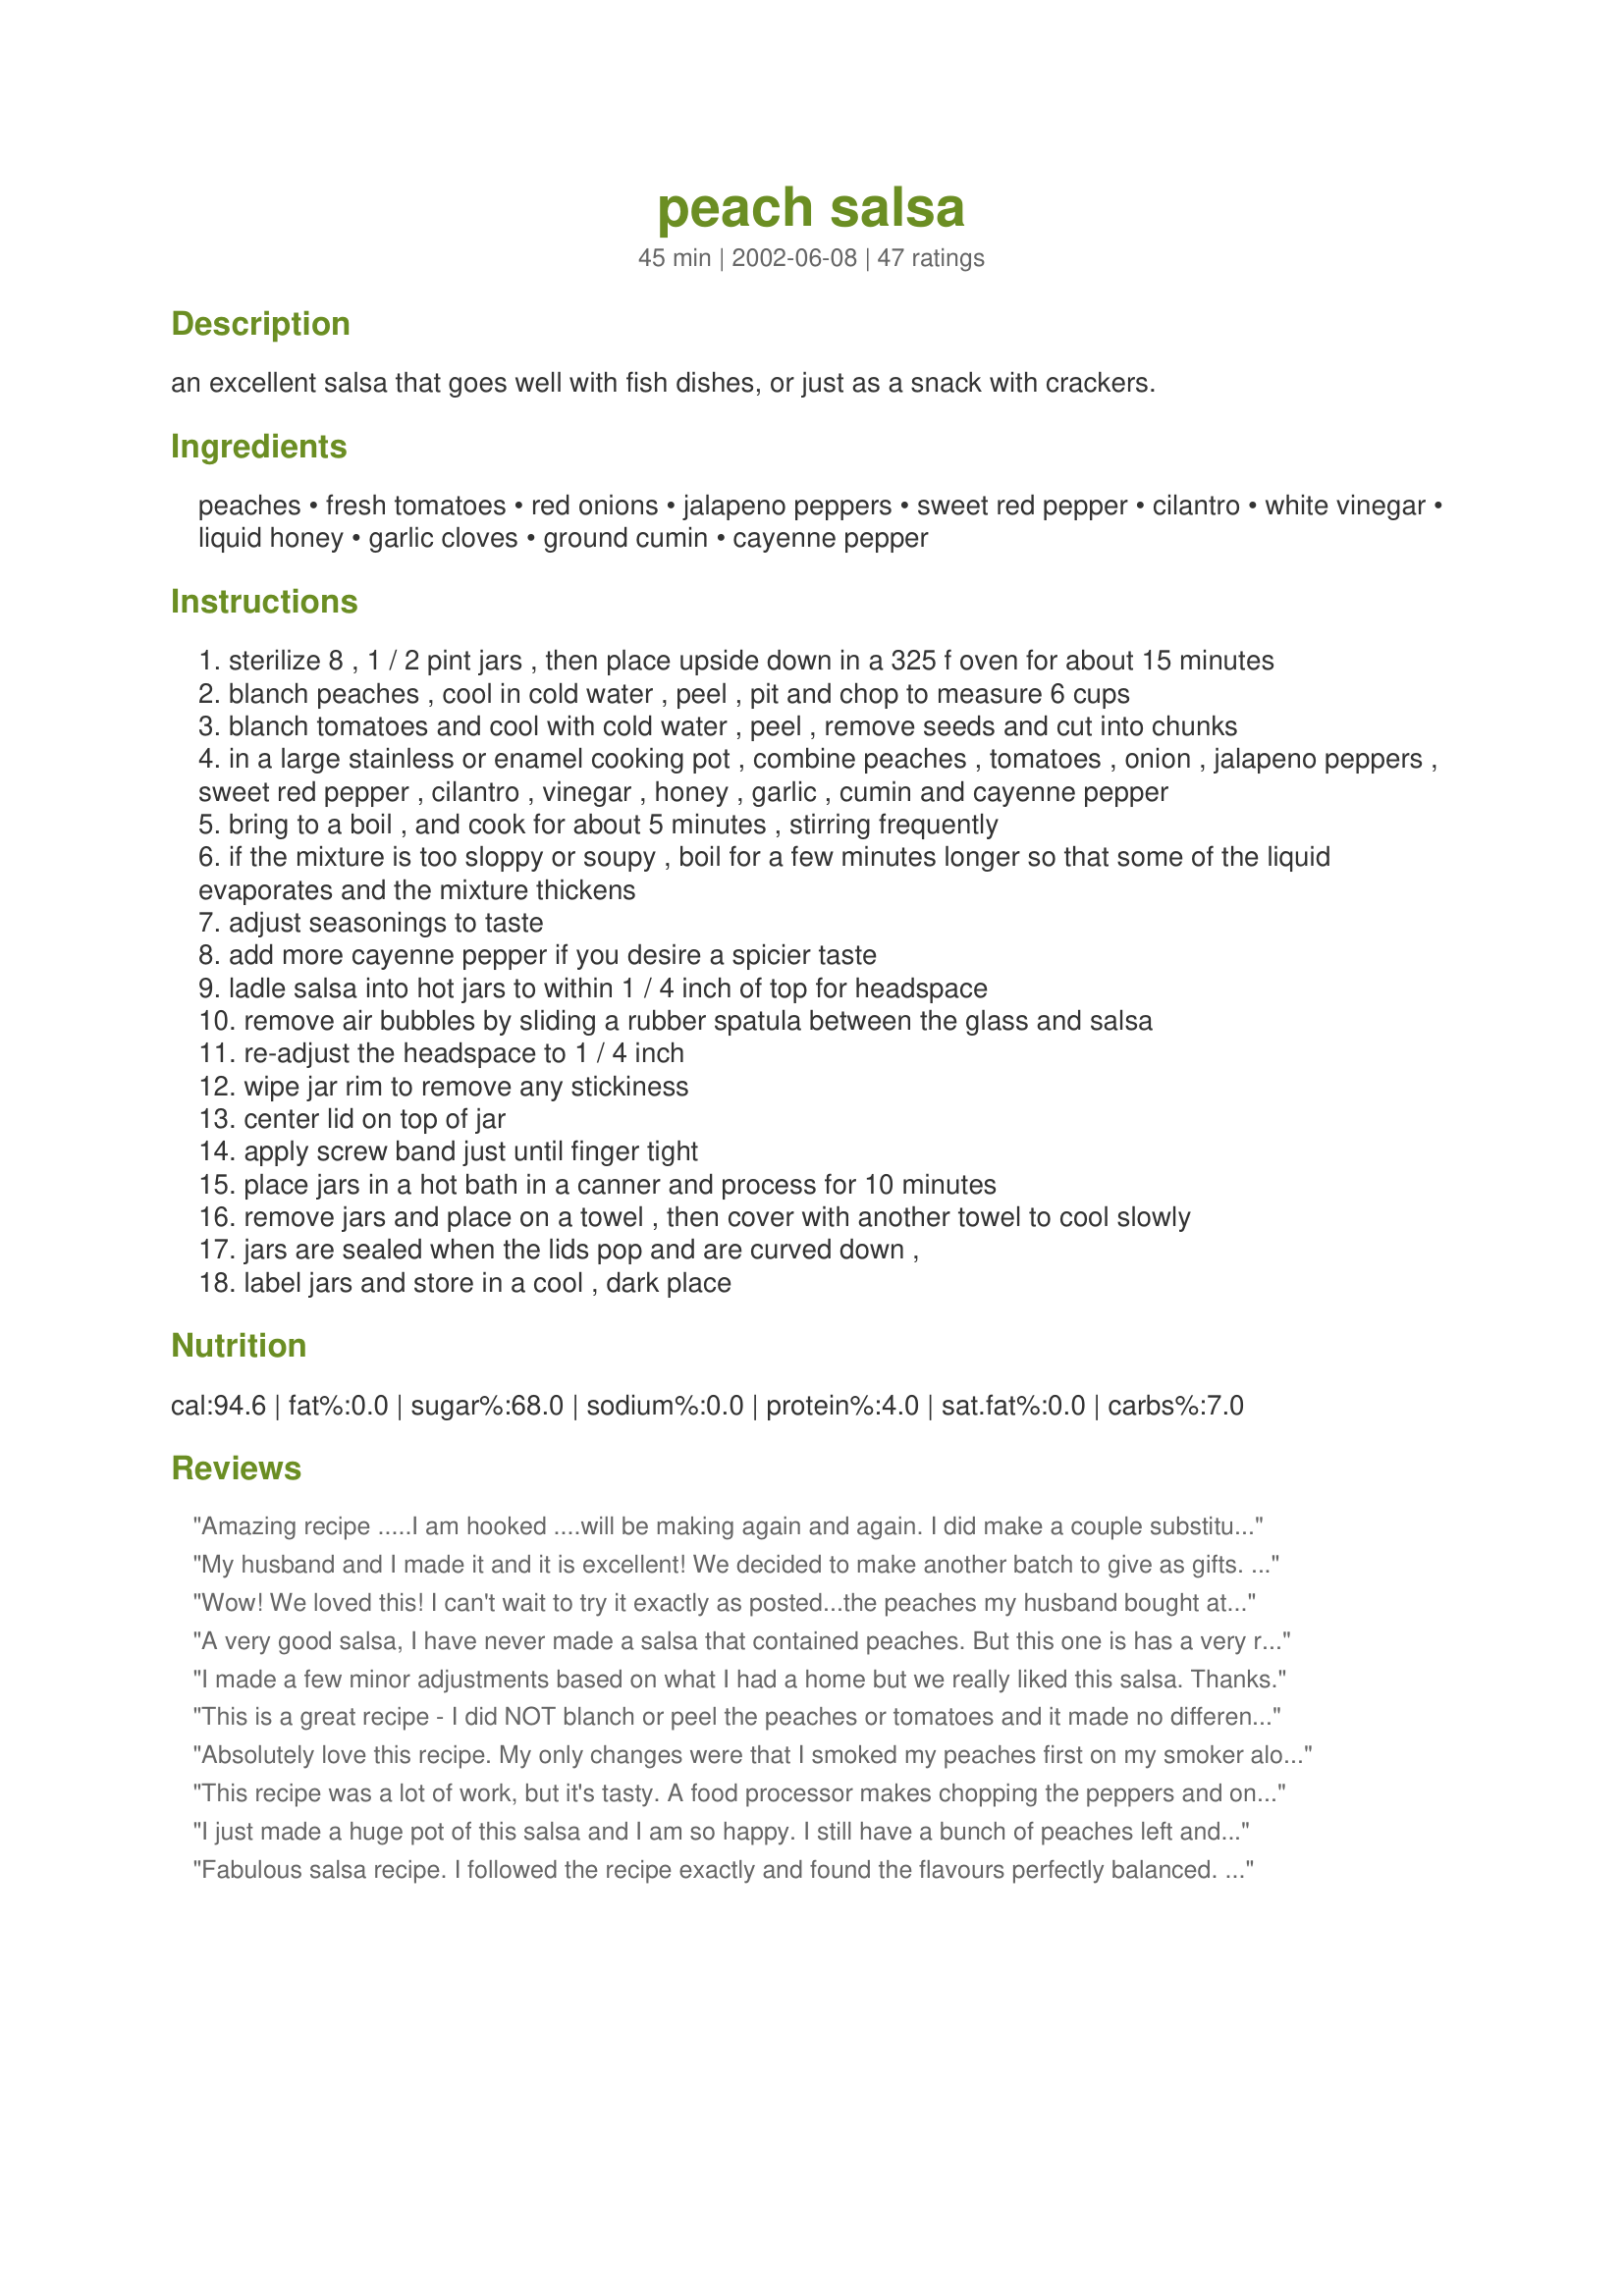
peach salsa
Preparation time: 45 minutes

an excellent salsa that goes well with fish dishes, or just as a snack with crackers.

Ingredients:
peaches, fresh tomatoes, red onions, jalapeno peppers, sweet red pepper, cilantro, white vinegar, liquid honey, garlic cloves, ground cumin, cayenne pepper

Steps:
sterilize 8 , 1 / 2 pint jars , then place upside down in a 325 f oven for about 15 minutes
blanch peaches , cool in cold water , peel , pit and chop to measure 6 cups
blanch tomatoes and cool with cold water , peel , remove seeds and cut into chunks
in a large stainless or enamel cooking pot , combine peaches , tomatoes , onion , jalapeno peppers , sweet red pepper , cilantro , vinegar , honey , garlic , cumin and cayenne pepper
bring to a boil , and cook for about 5 minutes , stirring frequently
if the mixture is too sloppy or soupy , boil for a few minutes longer so that some of the liquid evaporates and the mixture thickens
adjust seasonings to taste
add more cayenne pepper if you desire a spicier taste
ladle salsa into hot jars to within 1 / 4 inch of top for headspace
remove air bubbles by sliding a rubber spatula between the glass and salsa
re-adjust the headspace to 1 / 4 inch
wipe jar rim to remove any stickiness
center lid on top of jar
apply screw band just until finger tight
place jars in a hot bath in a canner and process for 10 minutes
remove jars and place on a towel , then cover with another towel to cool slowly
jars are sealed when the lids pop and are curved down ,
label jars and store in a cool , dark place

Reviews:
Amazing recipe .....I am hooked ....will be making again and again. I did make a couple substitutions due to on hand supplies. I substituted the large Red Pepper for a handful of the mini sweets sold in bags in the stores produce aisle....also I used Molasses instead of honey because I was out ...Threw in a cup of sugar to thicken a tad ....But was sooooooo good
My husband and I made it and it is excellent! We decided to make another batch to give as gifts. It was great with grilled fish and chicken.
Wow! We loved this! I can't wait to try it exactly as posted...the peaches my husband bought at the store were no where near ripe so I needed to cut the vinegar and add more honey than called for. I know using ripe, juicy, SWEET peaches will change the flavor greatly, but I am sure we will love it even more. Thank you so much for sharing this terrific recipe!
A very good salsa, I have never made a salsa that contained peaches. But this one is has a very rounded and good tasting flavor! It makes for a very pretty salsa. I made a bacth and ended up with 5 beautiful pints of thick tasty and alittle hot ( from my jalepenos) salsa! Thanks so much for sharing this with me!
I made a few minor adjustments based on what I had a home but we really liked this salsa. Thanks.
This is a great recipe - I did NOT blanch or peel the peaches or tomatoes and it made no difference whatsoever. I also added a little lime juice at the end. When I canned it, I used a slotted spoon to filter out *some* of the liquid because there's a lot and I prefer a good chunky salsa that's not soupy.
Absolutely love this recipe. My only changes were that I smoked my peaches first on my smoker along with fresh corn and I used champagne vinegar instead of white vinegar. When I’m not canning it, I skip the whole cooking process and simply throw all ingredients in a food processor for insanely good fresh salsa. The smoked corn and peaches make it even more fabulous.
This recipe was a lot of work, but it's tasty. A food processor makes chopping the peppers and onions really easy. Even with seeding the jalape&ntilde;os, it was so spicy, so I'd either omit the cayenne or use only 2-3. The recipe definitely needed salt. I added about 1.5 tsp. It tasted a little bland so I added a sprinkle of cinnamon and that brought out the peach flavor. Next time I'd add an anaheim pepper or 2 bell peppers. It needed more peppery flavor. Overall a tasty recipe.
I just made a huge pot of this salsa and I am so happy. I still have a bunch of peaches left and will go out tomorrow and get more of the ingrediants to make another batch
Fabulous salsa recipe. I followed the recipe exactly and found the flavours perfectly balanced. I'll be making another batch to give as gifts.... Thanks for the great recipe!
Oh, Uncle Bill, this is fabulous stuff and so easy to make. Made some last season and only had one pint left by August, so this season, (2012) I doubled the recipe and got 12 pints to take us through the winter. So yummy! My whole family loves this salsa. We eat it with tortilla chips on taco night. Thanks for sharing! You have wonderful recipes on this site!
I let my family have some and the ate the whole jar and asked where was more in one sitting. Wonderful
I LOVE THIS!!!! Made this a few days ago, I knew Id want more than 4 pints...so I tripled it. SO glad I did, in fact plan to make another triple batch for the winter (I know I would die if i ran out!).
I did not peel/blanch the peaches or tomatoes (I never do in my salsas). I also used 6 large romas in place of the regular. I used a few different kinds of peppers including scotch bonnets, so ours is a little spicier, just the way we like it.
THANK YOU SO MUCH FOR SHARING!!!!
Delicious and easy to make. Like others, I found it soupy even though I cooked it longer than shown, but I&#039;m hoping when I open those jars later in the year they will have jelled a bit.

I made a small batch of this fresh last night to serve on fish tacos and it got rave reviews. The only change I made was to add a squeeze of lime juice instead of the vinegar. We scooped up the rest on tortilla chips and there was nothing left over. It was the perfect mix of sweet and spicy.
Love it! Love it! WIll make it again! I just chopped main ingredients - and salsa was gone ! (i did not even had time to add vinegar and honey)
I halved all the ingredients, cooked until uniformly tender, then purÃ©ed and chilled before serving a crowd. Well received.
I had never cooked a salsa before, so I was a little skeptical when I tried this recipe. It turned out surprisingly good. Didn&#039;t find fresh peaches at this time of the year, so I used canned peaches. I also substituted lemon juice for the vinegar and only added a few drops of honey. It was sweet enough for us. Very good recipe!
Very good flavor. I didn't have any honey but it is still sweet enough. I agree with some of the others that is is a little soupy. I tried cooking a little bit longer to reduce the fluids but I didn't wans to cook too long making it mushy. I will definatley make this again. Thanks for the great recipe! UPDATE: 9 Dec 09 I opened a jar last night for a get together and everyone loved this. After sitting for a while the salsa seems to have thickened quite nicely.
Colorful! Served this salsa
with vegetarian enchiladas.
I used frozen peaches from
last summer's crop at a local farm. For even more color I used red and yellow bell pepper.CG :)
So good we can't stop eating it. I substituted 6 Roma tomatoes for the 3 ripe tomatoes. When I first tasted this salsa right after making it the heat was quite evident. The next day after the flavors had melded, the heat was reduced to a mild to medium heat which seemed just right.
Great recipe, loved it!
Terrific fresh or canned! I went with 6 Romas to reduce liquid, 4 lg. jalapenos for spice we love, and substituted 3 Tbsp of vinegar with lime juice. It almost had too little liquid. I cooked everything but the peaches and cilantro and added them to just warm before canning. It turns pink if you cook it all together - from the red bell pepper? I plan to enter it in the county fair next summer. My family wants more. Thank you for my newest specialty!
Super salsa! Perfect balance of flavours.. nice spice, not too sweet, perfect replacement for regular tomato salsa. I'm not a big fan of cilantro, but I used it anyways, and glad I did. The taste was suttle. Thank you so much for this recipe.. I will try to make it every year when peaches are in season!
I really love the sweet and spicy combination of flavors! I served this with my Meatloaf Muffins (Recipe #517655) using the salsa in the recipe instead of ketchup. WOW! Really jazzed up the meatloaf.
A little too much vinegar for my taste. I usually add lime and wish I had done that instead.
Peach perfection! I won't change a thing. I made it with dover sole and it was great.
Delish! This is the best recipe, I will be making this every year from now on! In my pic I have the salsa over fish and rice..it is also very good over chicken or just with tortilla chips. I add an extra tomato and cut back a bit on the cilantro, it's wonderful!!! Thanks
Delicious recipe! Peach to tomato ratio was perfect! You can taste every single ingredient. I was generous with the cilantro, and otherwise followed the recipe list to the letter. The only minor change I made was to very briefly blend the ingredients while in the pot using an immersion blender. In my view, a good salsa has to be scoop-able and not fall off the chip on its way to your mouth! I wanted to thicken the mixture slightly so it wouldn’t be all thin liquid and chunks. Pureeing a small portion of it just before canning did the trick. Recipe suggested cooking off the liquid slightly, which I did, but I also didn’t want to risk overcooking it to the point where the peaches would fall apart.
Very good salsa and so versatile. Had it with chips last night and had it over a poached egg/sauteed spinach breakfast this morning. Added a little more heat with red pepper flakes. Used mint in place of cilantro. The recipe made a little more that 8 half pints for me. Easy to make; delicious to eat. Thanks for the recipe!
Oh baby is this stuff FANTASTIC!!!! what a wonderful salsa Uncle Bill, I made this recipe quite a while ago and just opened a jar, I did increase the jalapenos up to 6 small, and also increased the cayenne to 2 teaspoons we like it super hot! Great recipe to use up summer's crop of tomatoes and fresh peaches, I'm going to make more very soon! Thanks for sharing Uncle Bill, try this everyone, it's so good!...Kitten:)
A really great tasting salsa!! This has gone into my "Canning Recipes" book as we will be making this every year. My husband made a double batch combining peaches and pineapple last night. It turned out really well.
Excellent salsa. Lots of work but in the end, its worth it. When Blanching the peaches and tomatoes, i find that if you put them in hot water (after you boil the jars, turn off the stove and there is your hot water) and cool them in cold water for 5 sec. You want the peaches/tomatoes to still be warm-hot but cold enough that you can handle it. Very good recipe. Thanks for posting.
I made 4 full pints with this recipe with a little left over for tasting. I used 3 large jalapenos and this salsa was spicy! It was my first time making cooked salsa and it was soupy! Not sure if that's how it's supposed to turn out or not. EDIT: As another review mentioned, it was hot hot hot right after making, but now that we've opened and tried our first jar, the salsa is actually quite mild. Still a bit soupy, but good.
My mom and I had made our favorite spicy salsa this weekend and of course we had left over Roma tomatoes. Thank goodness I stumbled upon this recipe! It is really good. I didn't have enough ingredients for a full batch - but I did get 3-pints and I am sure it wont last long!<br/><br/>Next year - I will be making a double batch!
I am new to canning (just started last week!) and this was my second recipe to try. It is easy and goof-proof! I went to a painting party and brought a pint; it was a complete HIT! People were wanting to buy jars of it! Thank you for such a wonderful addition to my recipe file.
Love this recipe! We have a peach tree in our yard and it yields a ton of fruit. I'm not a huge fan of sweet peach desserts so this is perfect for using our fruit. Gave some of the canned salsa as gifts and everyone can't get enough of it. My sister even said I should try and sell it! Didn't change anything in the recipe except added more or less jalapenos depending on their heat level, might try it with habaneros this year. Can't wait for September when we have more fresh peaches! Also think this would be great with mangoes, but have yet to try it.
This is excellent. I thought it was a bit "hot" so I only used 1/4 tsp of cayenne pepper. Also the peppers I used are much hotter than jalapenos. I also cooked everything, except the peaches together for about 30 minutes. Then I added the peaches and cooked 5 minutes more. This is just a wonderful salsa. It is great on tacos or with chips.
I quadrupled this recipe because of all the rave reviews. It was a lot of work but It was very good in the end. I made the recipe exactly as written except cut down on the jalapenos to 10-12 rather than 16 (because I 4x it). The only thing I would do next time is add more tomatoes and some salt (not sure how much though). I would also wear gloves when cutting jalapenos. My hands were on fire the rest of the day. So far, people I have had try it, have really enjoyed it.
Delicious and easy. I didn't have all the exact ingredients, but substituted and it was great!
We were spending a fortune buying Mango Salsa for my husband all the time. When I was given a TON of peaches this summer, I made a big batch of this and canned it. Hubby LOVES it! I made it just as the recipe says. Hubby thought it had too few tomatoes in it, and wasn't quite "salsa-y" enough. He's been mixing a jar with a jar of my mom's regular salsa, and thinks he's in heaven! Next time I'll double the tomatoes and 1/2 the peaches, but otherwise - GREAT!
This was really good salsa but a little too sweet for me.
I have been making this salsa for years. My friends and family (recipients of my gift baskets) love it. I use it on white fish or just with tortilla chips. To freshen it up mid-winter, I sometimes add diced fresh mango.
We added habanera to our salsa and was it good, hot but good.
WOW!! just canned this salsa two days ago, & it was awesome, just the right bite to it, but only got 4 pints. I will do another batch & double it this time for gifts. It also would be great as a Chinese chicken dish over rice, kinda like the Hot orange chicken dish, (that is what it reminded me of anyway:) Thanks for posting this recipe...
Absolutely Wonderful! I went to a peach "u-pick" and ended up with 75 pounds of peaches! I wish I had more peaches to make more of this salsa! So far, we have had it over salmon, chicken and pork chops! It's incredible!! We canned 6 pints thinking it would last, but I don't think it'll be around much longer.... it's too good!
This salsa is really good. I used six jalapenos with the seeds for the heat. I did not use fresh cilantro so I cut the amount in half. I didn&#039;t have cumin so I threw in a little chili powder instead along with a little salt. I also wanted a bit more of a sweet flavor so I added 1/2 cup sugar. This stuff is amazing with tortilla chips!!! A definite keeper!!!
Simple & Delicious! I made this salsa and gave at Christmas to teachers, etc. It was a huge hit! I also kept some for myself and take it to parties for something different to bring the hostess. I have had several people ask me for the recipe!
